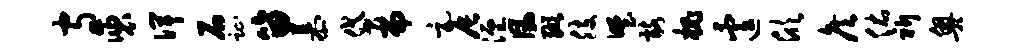
守褒俾石趾笛慕贷而元辰湮风缬肢野髂槐遽欣侯佑祈奥